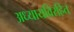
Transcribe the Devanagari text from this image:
अध्यायविरहित